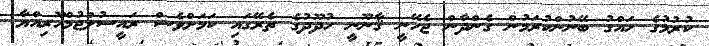
ކުރުމުގެ ހައްގު ބޭނުންކުރަމުން ގެންދާން ޖެހޭނީ ޤާނޫނީ ހުދޫދުގެ ތެރޭގައި ކަމަށްވެސް ރައީސުލްޖުމްހޫރިއްޔާ